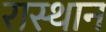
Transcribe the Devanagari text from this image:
रास्थान